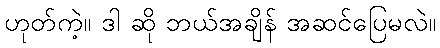
ဟုတ်ကဲ့။ ဒါ ဆို ဘယ်အချိန် အဆင်ပြေမလဲ။